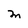
Character: M